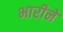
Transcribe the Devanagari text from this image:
भारीने